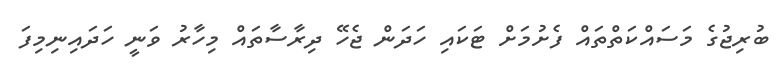
ބުރިޖުގެ މަސައްކަތްތައް ފެށުމަށް ޓަކައި ހަދަން ޖެހޭ ދިރާސާތައް މިހާރު ވަނީ ހަދައިނިމިފަ